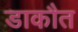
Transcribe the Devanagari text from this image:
डाकौत